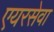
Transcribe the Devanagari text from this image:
एयरसेवा